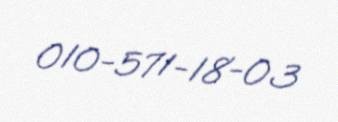
010-571-18-03